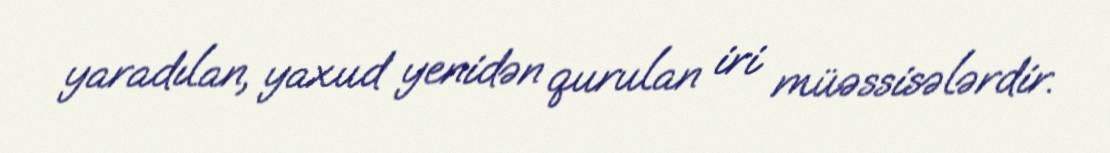
yaradılan, yaxud yenidən qurulan iri müəssisələrdir.